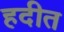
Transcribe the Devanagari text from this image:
हदीत